Annual administration report of the Civil Veterinary Department, Sind - 1943-1944
Year: 1943
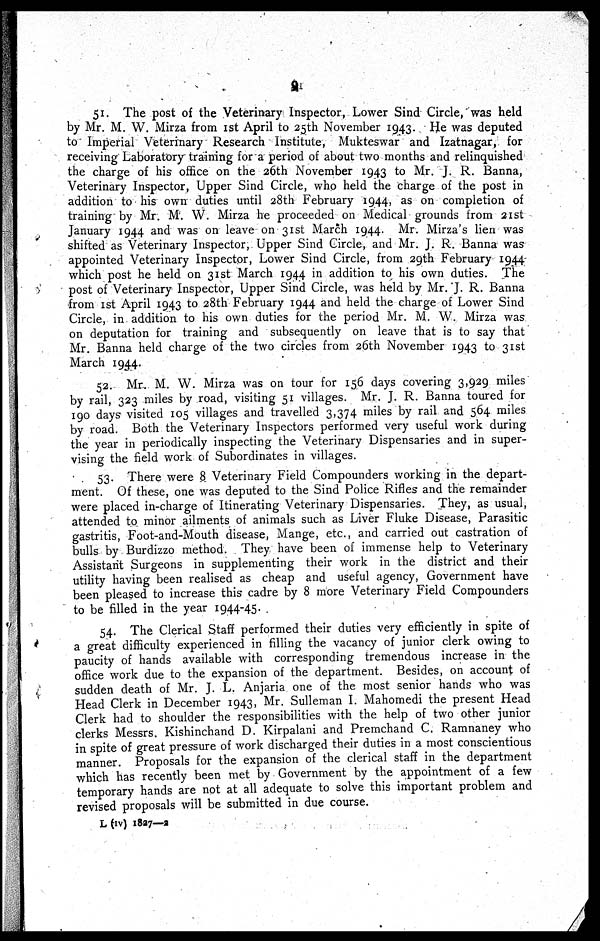
9
51. The post of the Veterinary Inspector, Lower Sind Circle, was held
by Mr. M. W. Mirza from 1st April to 25th November 1943. He was deputed
to Imperial Veterinary Research Institute, Mukteswar and Izatnagar, for
receiving Laboratory training for a period of about two months and relinquished
the charge of his office on the 26th November 1943 to Mr. J. R. Banna,
Veterinary Inspector, Upper Sind Circle, who held the charge of the post in
addition to his own duties until 28th February 1944, as on completion of
training by Mr. M. W. Mirza he proceeded on Medical grounds from 21st
January 1944 and was on leave on 31st March 1944. Mr. Mirza's lien was
shifted as Veterinary Inspector, Upper Sind Circle, and Mr. J. R. Banna was
appointed Veterinary Inspector, Lower Sind Circle, from 29th February 1944
which post he held on 31st March 1944 in addition to his own duties. The
post of Veterinary Inspector, Upper Sind Circle, was held by Mr. J. R. Banna
from 1st April 1943 to 28th February 1944 and held the charge of Lower Sind
Circle, in addition to his own duties for the period Mr. M. W. Mirza was
on deputation for training and subsequently on leave that is to say that
Mr. Banna held charge of the two circles from 26th November 1943 to 31st
March 1944.
52. Mr. M. W. Mirza was on tour for 156 days covering 3,929 miles
by rail, 323 miles by road, visiting 51 villages. Mr. J. R. Banna toured for
190 days visited 105 villages and travelled 3,374 miles by rail and 564 miles
by road. Both the Veterinary Inspectors performed very useful work during
the year in periodically inspecting the Veterinary Dispensaries and in super-
vising the field work of Subordinates in villages.
53. There were 8 Veterinary Field Compounders working in the depart-
ment. Of these, one was deputed to the Sind Police Rifles and the remainder
were placed in-charge of Itinerating Veterinary Dispensaries. They, as usual,
attended to minor ailments of animals such as Liver Fluke Disease, Parasitic
gastritis, Foot-and-Mouth disease, Mange, etc., and carried out castration of
bulls by Burdizzo method. They have been of immense help to Veterinary
Assistant Surgeons in supplementing their work in the district and their
utility having been realised as cheap and useful agency, Government have
been pleased to increase this cadre by 8 more Veterinary Field Compounders
to be filled in the year 1944-45.
54. The Clerical Staff performed their duties very efficiently in spite of
a great difficulty experienced in filling the vacancy of junior clerk owing to
paucity of hands available with corresponding tremendous increase in the
office work due to the expansion of the department. Besides, on account of
sudden death of Mr. J. L. Anjaria one of the most senior hands who was
Head Clerk in December 1943, Mr. Sulleman I. Mahomedi the present Head
Clerk had to shoulder the responsibilities with the help of two other junior
clerks Messrs. Kishinchand D. Kirpalani and Premchand C. Ramnaney who
in spite of great pressure of work discharged their duties in a most conscientious
manner. Proposals for the expansion of the clerical staff in the department
which has recently been met by Government by the appointment of a few
temporary hands are not at all adequate to solve this important problem and
revised proposals will be submitted in due course.
L (iv) 1827—2